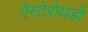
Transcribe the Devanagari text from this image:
ऐस्टेरोयडों